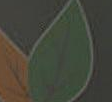
)